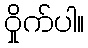
ဝှိုက်ပါ။